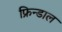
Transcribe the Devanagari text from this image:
फ्रिन्डाल